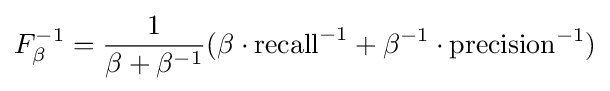
F_{\beta }^{-1}={\frac {1}{\beta +\beta ^{-1}}}(\beta \cdot \mathrm {recall} ^{-1}+\beta ^{-1}\cdot \mathrm {precision} ^{-1})